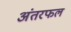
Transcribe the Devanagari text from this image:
अंतरफल